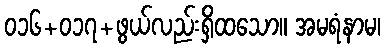
၀၁၆+၀၁၇+ဖွယ်လည်းရှိထသော။ အမရံနာမ၊